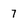
Character: 7